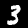
Label: 3